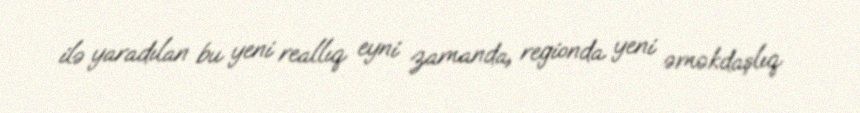
ilə yaradılan bu yeni reallıq eyni zamanda, regionda yeni əməkdaşlıq